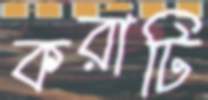
করাটি